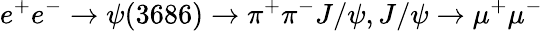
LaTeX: e^{+}e^{-}\rightarrow\psi(3686)\rightarrow\pi^{+}\pi^{-}J/\psi,J/\psi\rightarrow\mu^{+}\mu^{-}